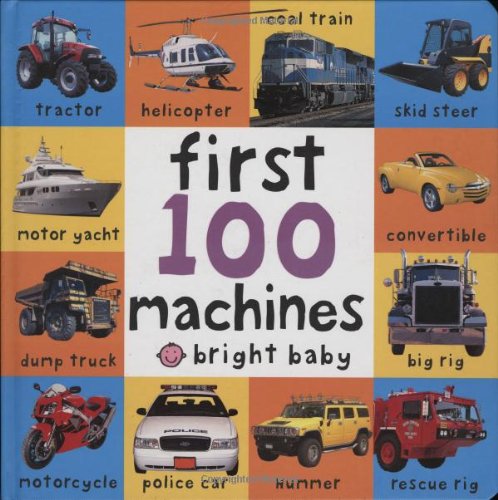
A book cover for Big Board First 100 Machines; Roger Priddy; Children's Books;